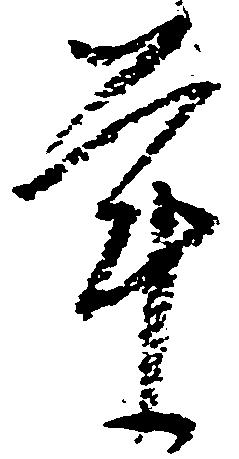
年